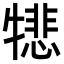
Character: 𪺵